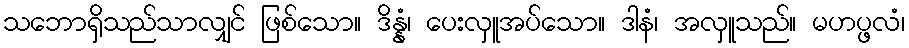
သဘောရှိသည်သာလျှင် ဖြစ်သော။ ဒိန္နံ၊ ပေးလှူအပ်သော။ ဒါနံ၊ အလှူသည်။ မဟပ္ဖလံ၊